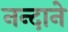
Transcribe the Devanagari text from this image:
नन्दाने